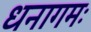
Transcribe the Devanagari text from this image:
धनागमः